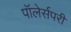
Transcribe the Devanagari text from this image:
पॉलेर्सपरी